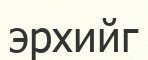
эрхийг